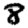
Digit: 8